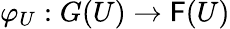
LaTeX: \varphi_{U}:G(U)\to\mathsf{F}(U)